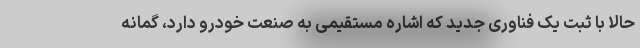
حالا با ثبت یک فناوری جدید که اشاره مستقیمی به صنعت خودرو دارد، گمانه